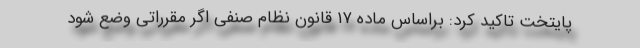
پایتخت تاکید کرد: براساس ماده ۱۷ قانون نظام صنفی اگر مقرراتی وضع شود